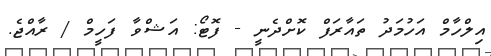
އިލްހާމް އަހުމަދު ތައާރަފް ކޮށްދެނީ - ފޮޓޯ: އަޝްވާ ފަހީމް / ރާއްޖެ.